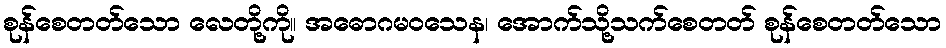
စုန်စေတတ်သော လေတို့ကို။ အဓောဂမဝသေန၊ အောက်သို့သက်စေတတ် စုန်စေတတ်သော